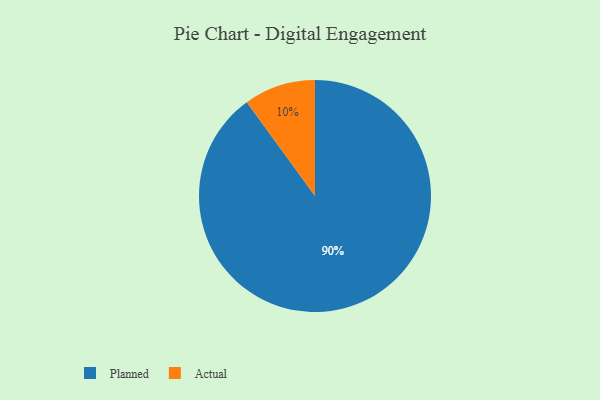
{"axis": {"x": "Category", "y": "Percentage"}, "legend": ["Actual", "Planned"], "data": [{"x": "Planned", "y": 90, "type": "Planned"}, {"x": "Actual", "y": 10, "type": "Actual"}]}